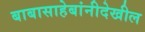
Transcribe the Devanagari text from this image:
बाबासाहेबांनीदेखील